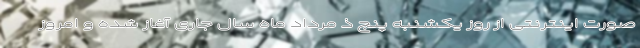
صورت اینترنتی از روز یکشنبه پنج ذ مرداد ماه سال جاری آغاز شده و امروز